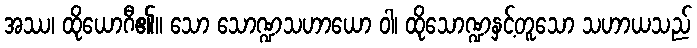
အဿ၊ ထိုယောဂီ၏။ သော သောဏ္ဍသဟာယော ဝါ၊ ထိုသောဏ္ဍနှင့်တူသော သဟာယသည်